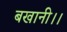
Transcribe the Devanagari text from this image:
बखानी।।